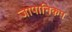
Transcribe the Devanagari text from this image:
जापानिकम